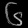
Digit: ၆